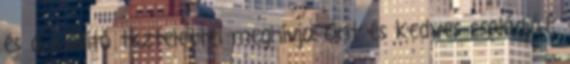
és a kiállító tisztelettel meghívja Önt és kedves családját,